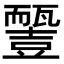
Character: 𧰓